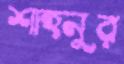
শাহনুর